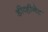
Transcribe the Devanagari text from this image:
डीव्हीनेट